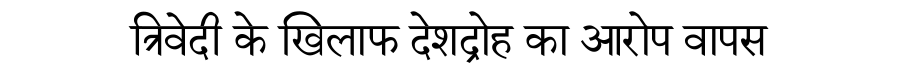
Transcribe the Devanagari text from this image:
त्रिवेदी के खिलाफ देशद्रोह का आरोप वापस